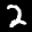
Digit: 2